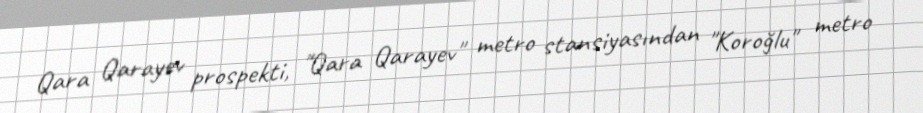
Qara Qarayev prospekti, "Qara Qarayev" metro stansiyasından "Koroğlu" metro